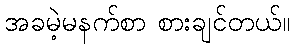
အခမဲ့မနက်စာ စားချင်တယ်။